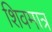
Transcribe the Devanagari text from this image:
शिवमात्र